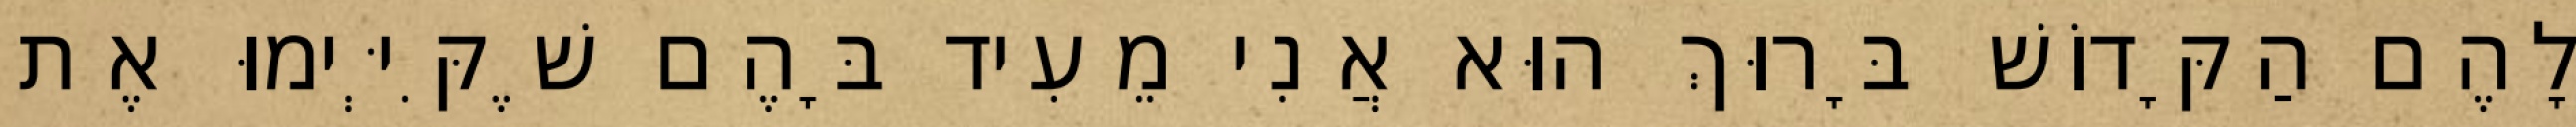
לָהֶם הַקָּדוֹשׁ בָּרוּךְ הוּא אֲנִי מֵעִיד בָּהֶם שֶׁקִּיְּימוּ אֶת